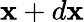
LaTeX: \mathbf{x}+d\mathbf{x}